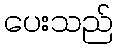
ပေးသည်